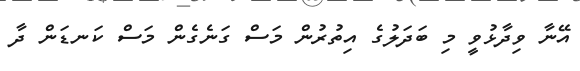
އޭނާ ވިދާޅުވީ މި ބަދަލުގެ އިތުރުން މަސް ގަނެގެން މަސް ކަނޑަން ދާ